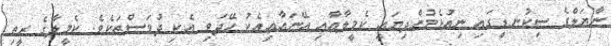
ނާޔަލްގެ ސިކުނޑީގައި ނިއުޅެމުންދިޔައީ ކެމީލާއާއި އޭނައާއިއެކު ހޭދަވި އެކި ދުވަސްތަކެވެ. ކެމީލާގެ ރީތި